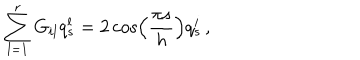
LaTeX: \sum _ { l = 1 } ^ { r } G _ { i l } q _ { s } ^ { l } = 2 \cos \left( \frac { \pi s } { h } \right) q _ { s } ^ { i } \, ,